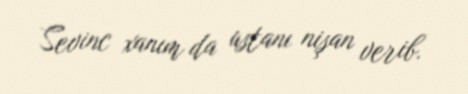
Sevinc xanım da ustanı nişan verib.